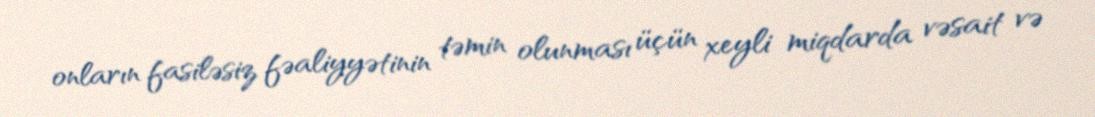
onların fasiləsiz fəaliyyətinin təmin olunması üçün xeyli miqdarda vəsait və